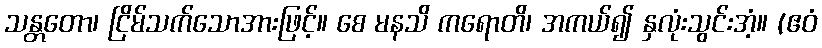
သန္တတော၊ ငြိမ်သက်သောအားဖြင့်။ စေ မနသိ ကရောတိ၊ အကယ်၍ နှလုံးသွင်းအံ့။ (ဧဝံ